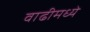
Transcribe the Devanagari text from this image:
वाढीमध्ये